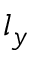
l _ { y }